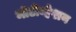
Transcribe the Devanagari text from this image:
मोटीव्हेशन